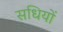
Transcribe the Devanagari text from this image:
सधियों